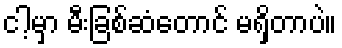
ငါ့မှာ မီးခြစ်ဆံတောင် မရှိတာပဲ။